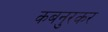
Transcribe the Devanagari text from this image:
कबनुरकर